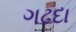
ગઢદા